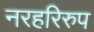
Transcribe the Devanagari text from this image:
नरहरिरुप